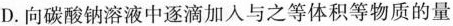
D.向碳酸钠溶液中逐滴加入与之等体积等物质的量